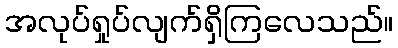
အလုပ်ရှုပ်လျက်ရှိကြလေသည်။